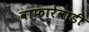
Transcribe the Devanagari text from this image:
वाफारेवाडी